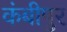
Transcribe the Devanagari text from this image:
कंबीपुर